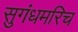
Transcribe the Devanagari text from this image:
सुगंधमरिच